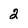
Character: 2